Applicability to medico-legal practice in India of the biochemical tests for the origin of blood-stains - Number 39
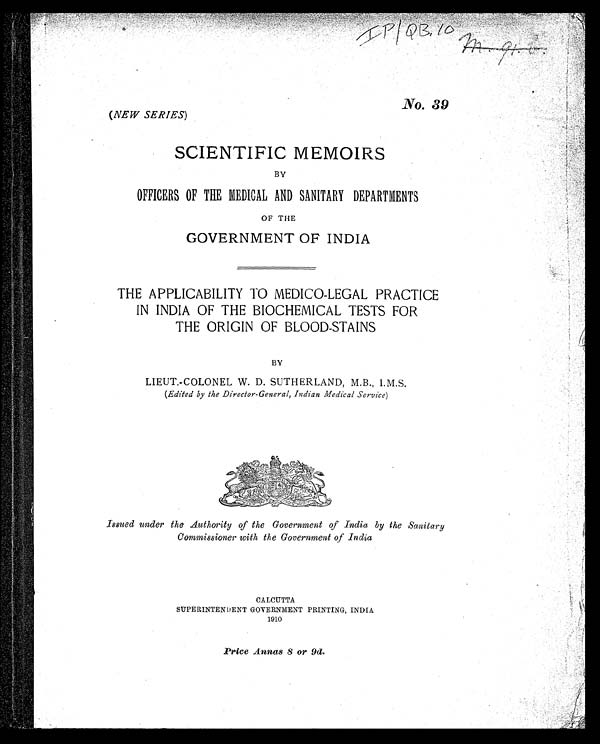
No. 39
(NEW SERIES)
SCIENTIFIC MEMOIRS
BY
OFFICERS OF THE MEDICAL AND SANITARY DEPARTMENTS
OF THE
GOVERNMENT OF INDIA
THE APPLICABILITY TO MEDICO-LEGAL PRACTICE
IN INDIA OF THE BIOCHEMICAL TESTS FOR
THE ORIGIN OF BLOOD-STAINS
BY
LIEUT.-COLONEL W. D. SUTHERLAND, M.B., I.M.S.
(Edited by the Director-General, Indian Medical Service)
.
Issued under the Authority of the Government of India by the Sanitary
Commissioner with the Government of India
CALCUTTA
SUPERINTENDENT GOVERNMENT PRINTING, INDIA
1910
Price Annas 8 or 9d.